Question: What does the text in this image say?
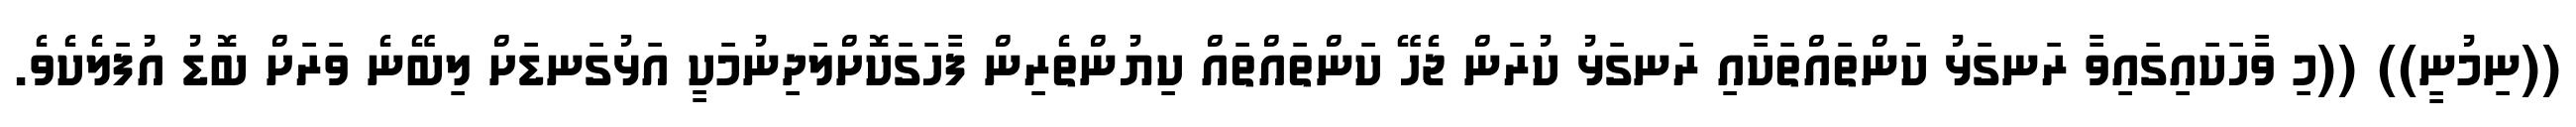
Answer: ((ނިމުނީ)) ((މި ވާހަކައިގައިވާ ރަނގަޅު ކަންތައްތަކާއި ރަނގަޅު ކުރަން ޖެހޭ ކަންތައްތައް ކިޔުންތެރިން ފާހަގަކޮށްލަދިނުމަކީ އަޅުގަނޑަށް ލިބޭނެ ވަރަށް ބޮޑު އުފަލެކެވެ.